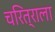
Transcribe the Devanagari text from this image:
चरित्राला